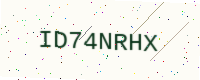
Text: ID74NRHX